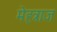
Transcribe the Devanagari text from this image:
मेहत्राज